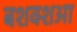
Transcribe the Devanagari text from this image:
बशक्शआ